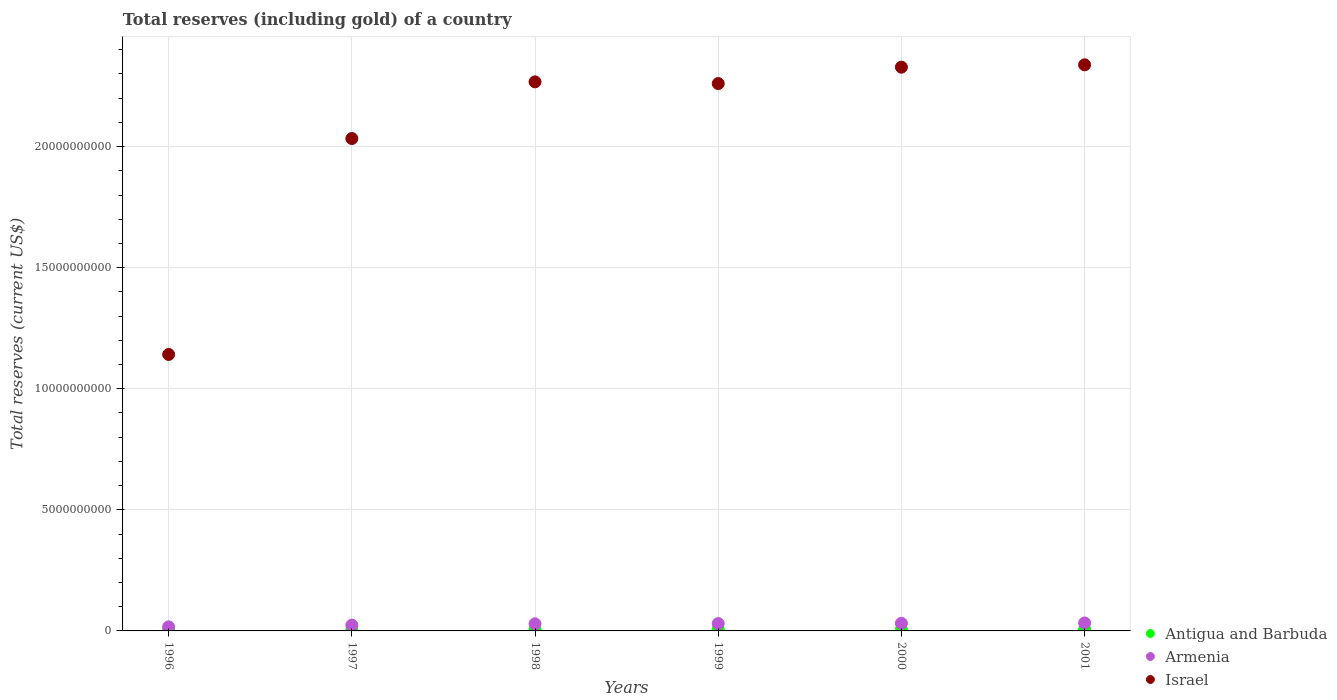
| Years | Antigua and Barbuda | Armenia | Israel |
 | --- | --- | --- | --- |
 | 1996 | 4.77e+07 | 1.68e+08 | 1.14e+10 |
 | 1997 | 5.07e+07 | 2.39e+08 | 2.03e+10 |
 | 1998 | 5.94e+07 | 2.93e+08 | 2.27e+10 |
 | 1999 | 6.97e+07 | 3.04e+08 | 2.26e+10 |
 | 2000 | 6.36e+07 | 3.14e+08 | 2.33e+10 |
 | 2001 | 7.97e+07 | 3.3e+08 | 2.34e+10 |